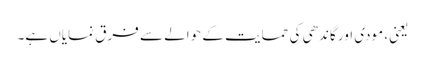
یعنی، مودی اور گاندھی کی حمایت کے حوالے سے فرق نمایاں ہے۔